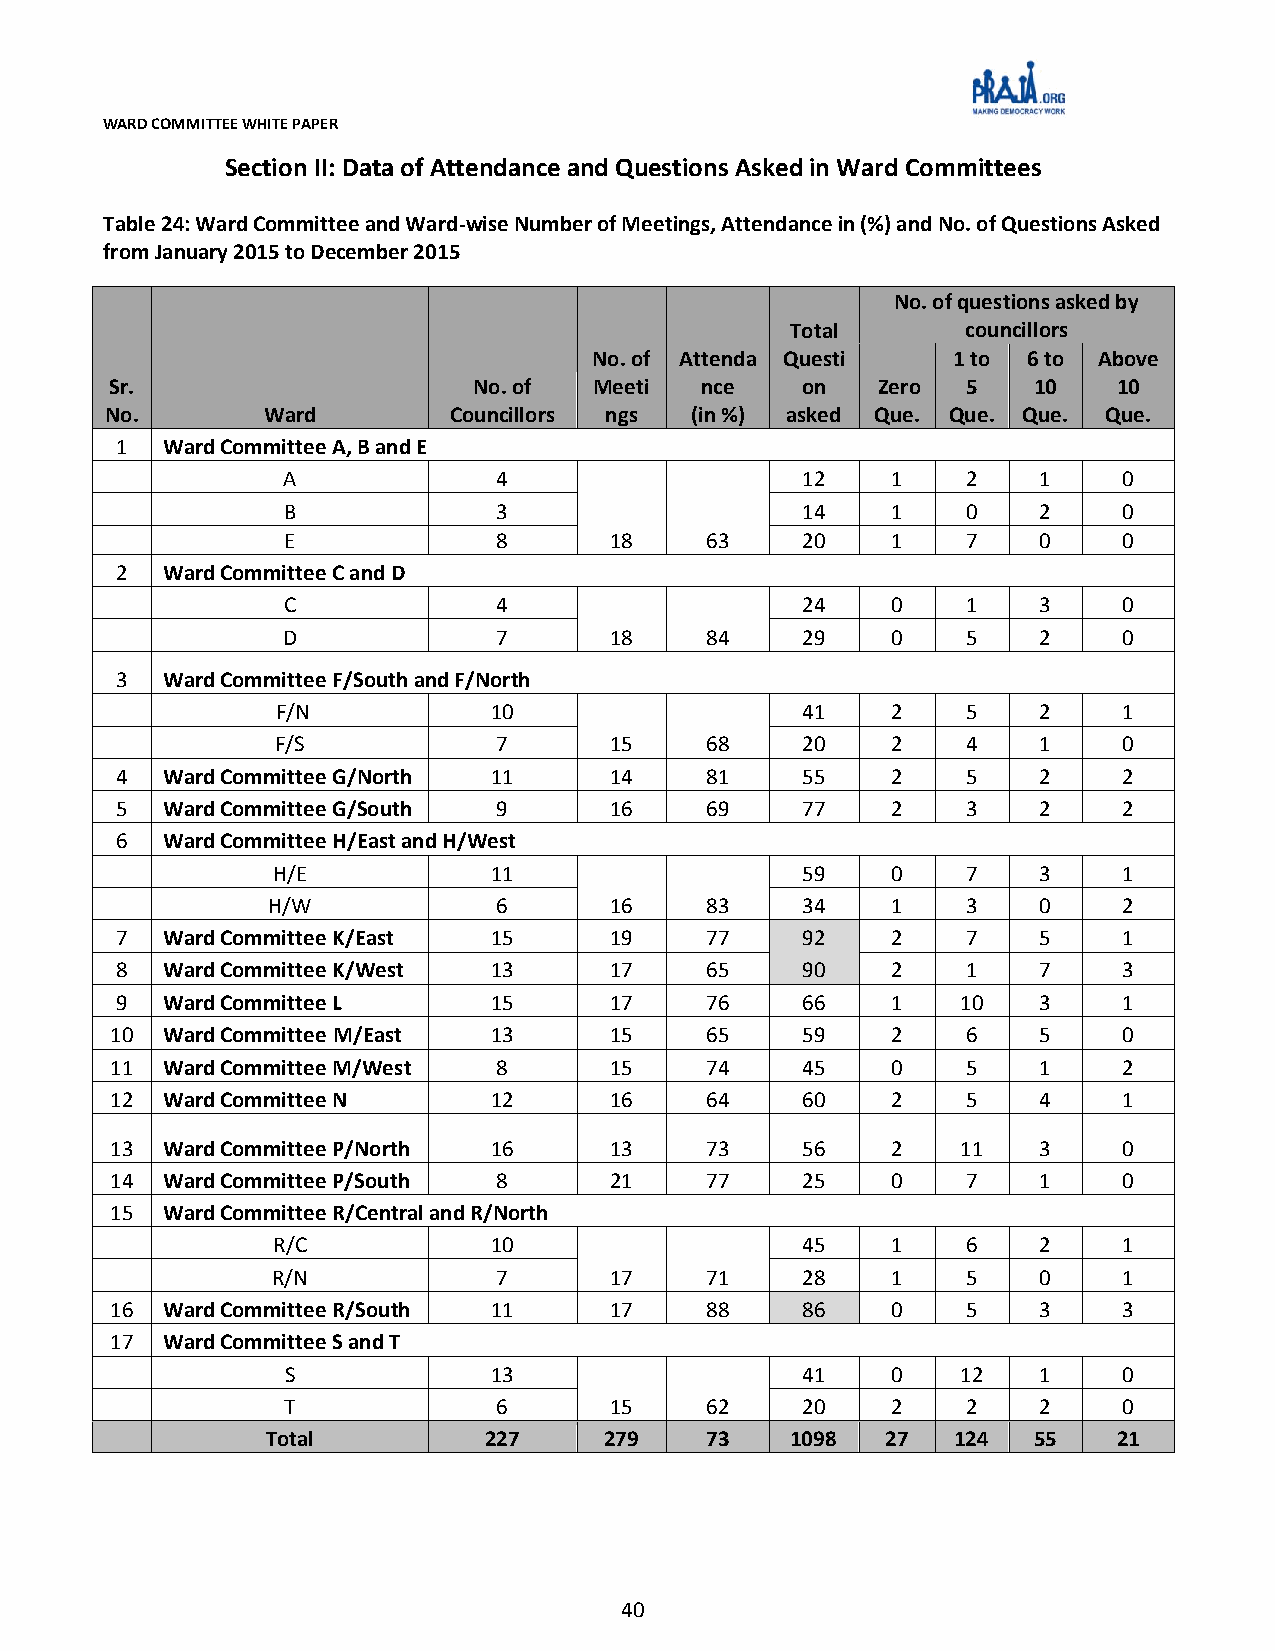
WARD COMMITTEE WHITE PAPER
 Section II: Data of Attendance and Questions Asked in Ward Committees
 Table 24: Ward Committee and Ward-wise Number of Meetings, Attendance in (%) and No. of Questions Asked
 from January 2015 to December 2015
 No. of questions asked by
 Total       councillors
 No. of Attenda Questi   1 to 6 to Above
 Sr.                     No. of  Meeti  nce    on   Zero  5   10    10
 No.       Ward         Councillors ngs (in %) asked Que. Que. Que. Que.
 1  Ward Committee A, B and E
 A             4                   12    1    2    1    0
 B             3                   14    1    0    2    0
 E             8      18     63    20    1    7    0    0
 2  Ward Committee C and D
 C             4                   24    0    1    3    0
 D             7      18     84    29    0    5    2    0
 3  Ward Committee F/South and F/North
 F/N           10                   41    2    5    2    1
 F/S            7      15     68    20    2    4    1    0
 4  Ward Committee G/North 11    14     81    55    2    5    2    2
 5  Ward Committee G/South 9     16     69    77    2    3    2    2
 6  Ward Committee H/East and H/West
 H/E           11                   59    0    7    3    1
 H/W            6      16     83    34    1    3    0    2
 7  Ward Committee K/East 15     19     77    92    2    7    5    1
 8  Ward Committee K/West 13     17     65    90    2    1    7    3
 9  Ward Committee L     15      17     76    66    1    10   3    1
 10  Ward Committee M/East 13     15     65    59    2    6    5    0
 11  Ward Committee M/West 8      15     74    45    0    5    1    2
 12  Ward Committee N     12      16     64    60    2    5    4    1
 13  Ward Committee P/North 16    13     73    56    2    11   3    0
 14  Ward Committee P/South 8     21     77    25    0    7    1    0
 15  Ward Committee R/Central and R/North
 R/C           10                   45    1    6    2    1
 R/N            7      17     71    28    1    5    0    1
 16  Ward Committee R/South 11    17     88    86    0    5    3    3
 17  Ward Committee S and T
 S            13                   41    0    12   1    0
 T             6      15     62    20    2    2    2    0
 Total         227     279    73   1098   27  124  55    21
 40